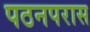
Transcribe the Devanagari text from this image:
पठनपरास